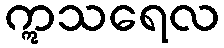
ဣသရေလ